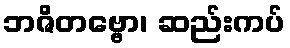
ဘဇိတဗ္ဗော၊ ဆည်းကပ်